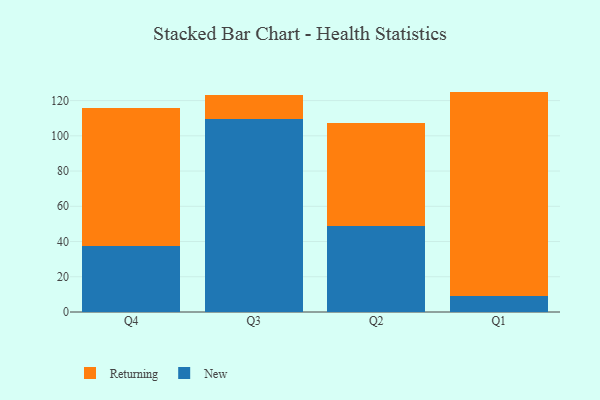
{"axis": {"x": "Quarter", "y": "Energy Usage (MWh)"}, "legend": ["New", "Returning"], "data": [{"x": "Q4", "y": 37.7, "type": "New"}, {"x": "Q4", "y": 78.2, "type": "Returning"}, {"x": "Q3", "y": 109.3, "type": "New"}, {"x": "Q3", "y": 13.6, "type": "Returning"}, {"x": "Q2", "y": 48.9, "type": "New"}, {"x": "Q2", "y": 58.1, "type": "Returning"}, {"x": "Q1", "y": 9.3, "type": "New"}, {"x": "Q1", "y": 115.8, "type": "Returning"}]}